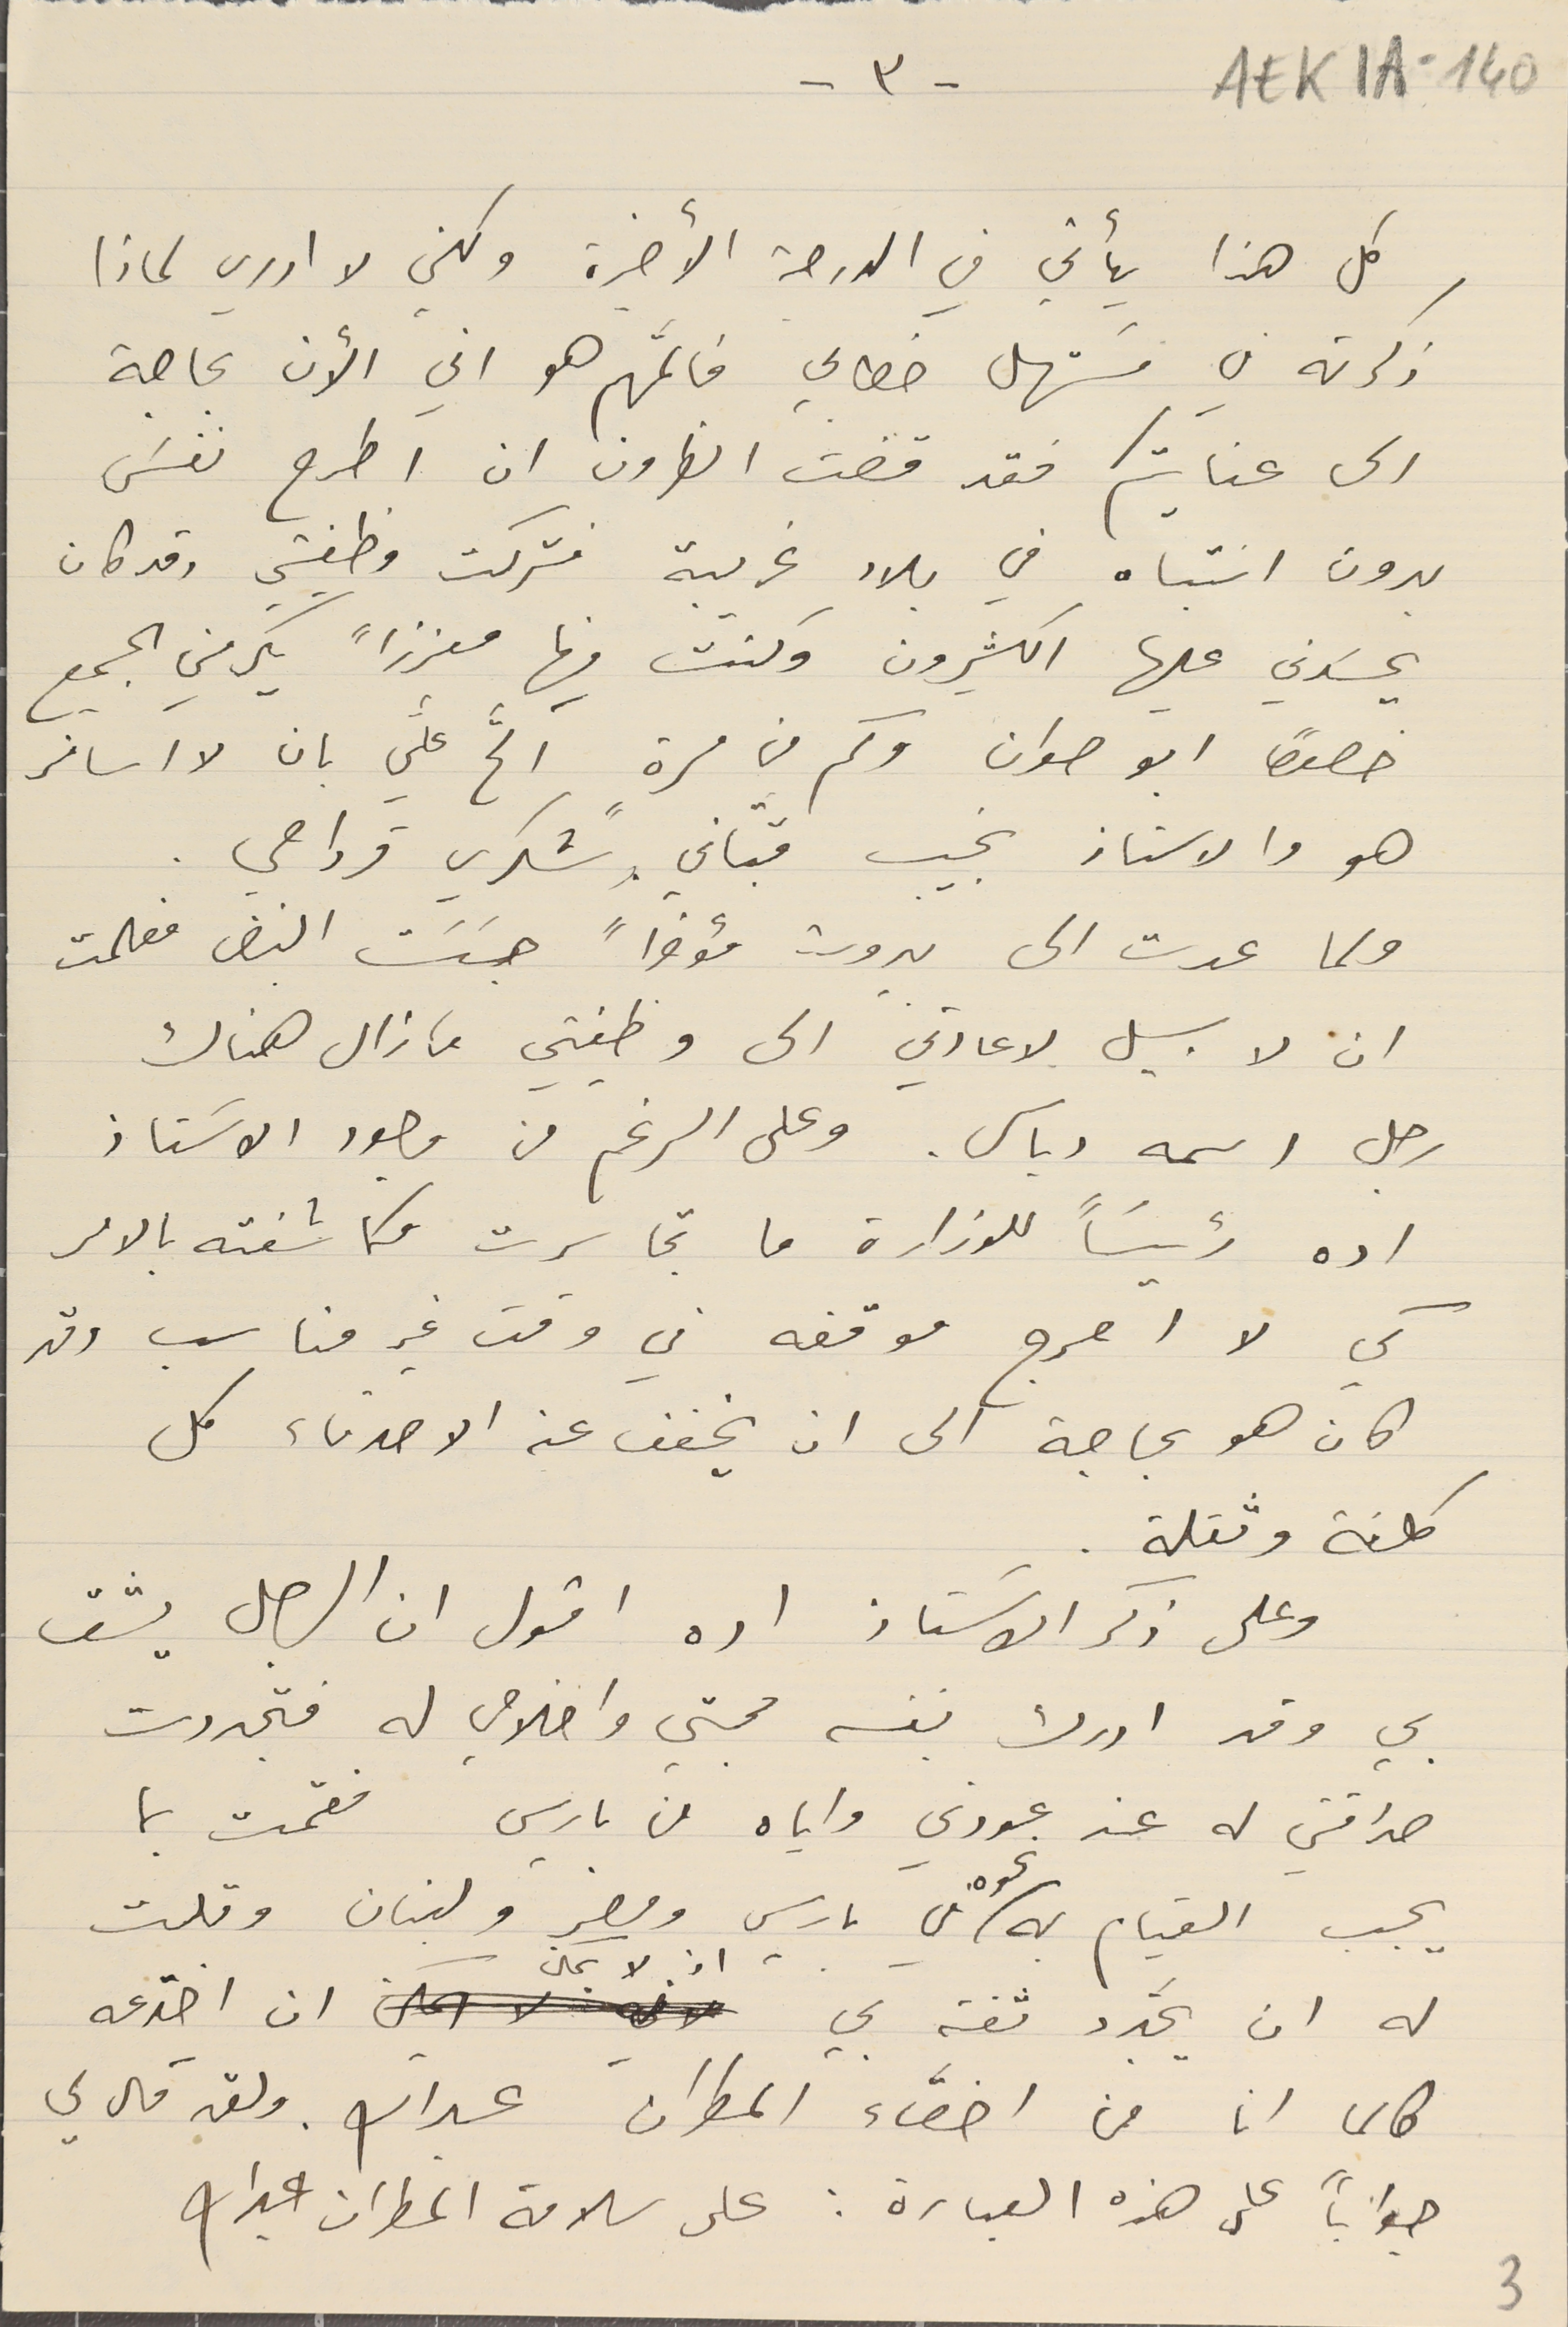
EAK1A-140
-٣-
كل هذا يأتي في الدرجة الأخيرة ولكني لا ادري لماذا
ذكرته في مسَتهل خطابي فالمهَّم هو اني الأن بحاجة
الى عنايتكم فقد قضت الظروف ان اطرح نفسَى
بدون انتباه في بلاد غريبة فتركت وظيفتي وقد كان
يحسَدني عليها الكثيرون وكنت فيها معززاً يكرمني الجميع
خصوصاً أبو صوان وكم من مرةٍ الحّ عليَّ بان لا اسافر
هو والاستاذ نجيب قبّاني وشكري قرداحي.
ولما عدت الى بيروت مؤخراً جسَسَت النبض فعلمت
ان لا سبيل لاعادتي الى وظيفتي ما زال هناك
رجل اسمه دباس. وعلى الرغم من وجود الاسَتاذ
اده رئيسَاً للوزارة ما تجاسرت وكاشفته بالامر
كي لا احرج موقفه في وقت غير مناسب وقد
كان هو بحاجة الى ان يخفف عن الاصدقاء كل
 كلفة وثقلة.
وعلى ذكر الاستاذ اده اقول ان الرجل يثق
بي وقد ادرك بنفسه محبتي واخلاصي له فتجددت
صداقتي له عند عودتي واياه من باريس فقمّت بما
يجب القيام به نحوه في باريس ومصر ولبنان وقلت
له ان يجدد ثقتهِ بي اذ لا يمكن ان اخدَعه
طالما انا من اخصّاء المطران عبدالله. ولقد قال لي
جواباً على هذه العبارة : على سلامة المطران عبدالله
3